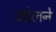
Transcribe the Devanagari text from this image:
उडेलने